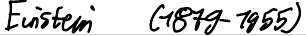
Einstein (1879-1955)